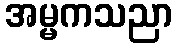
အမ္မကသညာ